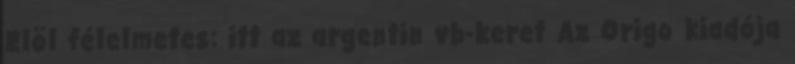
Elöl félelmetes: itt az argentin vb-keret Az Origo kiadója